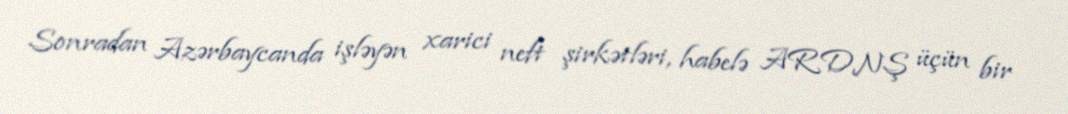
Sonradan Azərbaycanda işləyən xarici neft şirkətləri, habelə ARDNŞ üçün bir